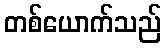
တစ်ယောက်သည်